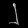
Digit: ၂